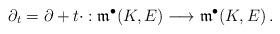
LaTeX: \begin{align*}\partial_t=\partial + t \cdot: \mathfrak m^{\bullet}(K,E)\longrightarrow \mathfrak m^{\bullet}(K,E)\,.\end{align*}